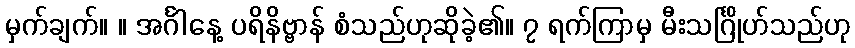
မှက်ချက်။ ။ အင်္ဂါနေ့ ပရိနိဗ္ဗာန် စံသည်ဟုဆိုခဲ့၏။ ၇ ရက်ကြာမှ မီးသင်္ဂြိုဟ်သည်ဟု